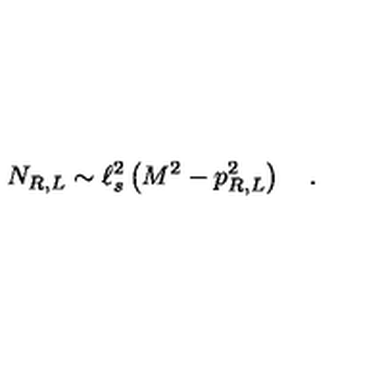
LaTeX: N _ { R , L } \sim \ell _ { s } ^ { 2 } \left( M ^ { 2 } - p _ { R , L } ^ { 2 } \right) \quad .